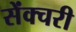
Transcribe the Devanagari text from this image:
सेंक्चरी